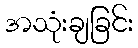
အသုံးချခြင်း